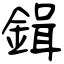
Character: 鍓